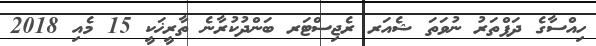
ހިއްސާގެ ދަފްތަރު ނުވަތަ ޝެއަރ ރެޖިސްޓަރ ބަންދުކުރާނެ ތާރީޚަކީ 15 މެއި 2018